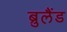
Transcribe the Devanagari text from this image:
ब्रुलैंड